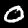
Digit: 0